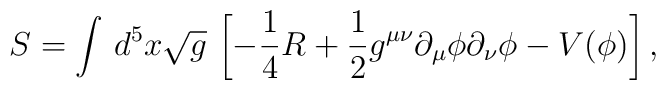
S= \int \, d^5x  \sqrt{g} \, \left [-\frac{1}{4}R +  \frac{1}{2} g^{\mu\nu}\partial_\mu \phi \partial_\nu \phi  -V(\phi) \right],